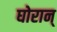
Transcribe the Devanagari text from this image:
घोरान्